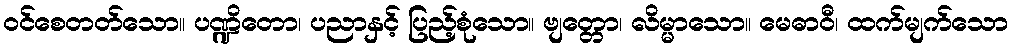
ဝင်စေတတ်သော။ ပဏ္ဍိတော၊ ပညာနှင့် ပြည့်စုံသော။ ဗျတ္တော၊ လိမ္မာသော။ မေဓာဝီ၊ ထက်မျက်သော